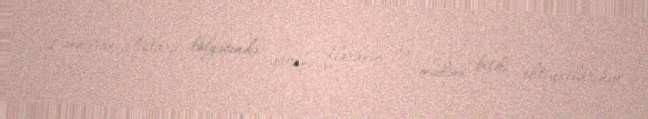
Lənkəran-Astara bölgəsində yabanı floranın və mədəni bitki ehtiyatlarının